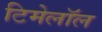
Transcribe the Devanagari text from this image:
टिमेलॉल